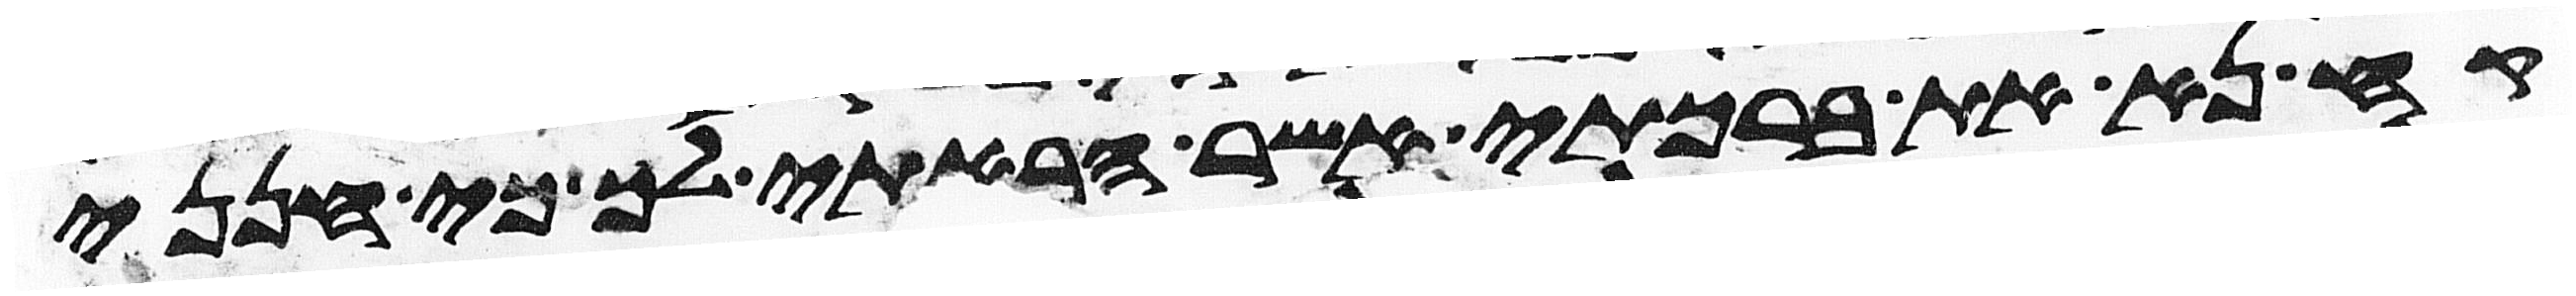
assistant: קח נא את ברכתי אשר הבאתי לך כי חנני